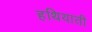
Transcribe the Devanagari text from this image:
हथियाती